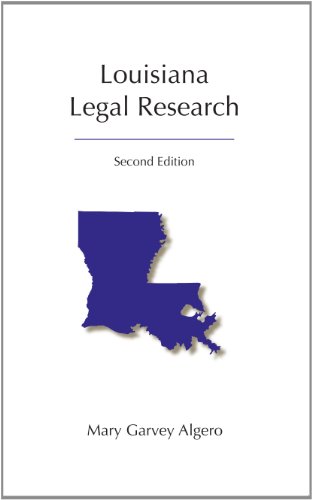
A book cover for Louisiana Legal Research, Second Edition; Mary Garvey Algero; Law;